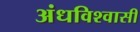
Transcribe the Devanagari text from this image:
अंधविश्‍वासी